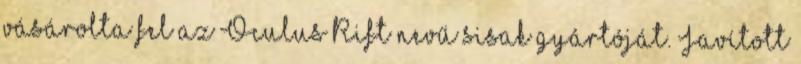
vásárolta fel az Oculus Rift nevű sisak gyártóját. Javított